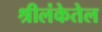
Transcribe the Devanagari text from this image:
श्रीलंकेतेल